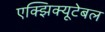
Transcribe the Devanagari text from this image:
एक्झिक्यूटेबल